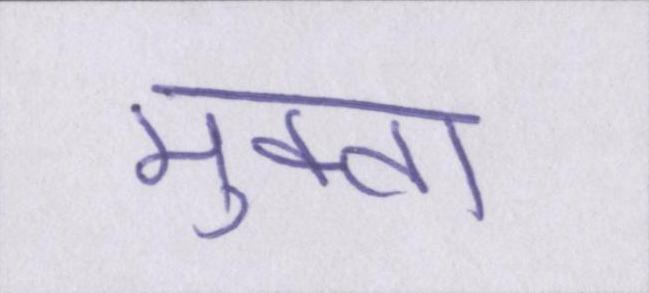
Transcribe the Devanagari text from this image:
मुक्ता